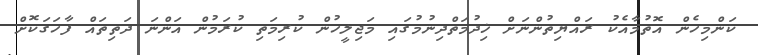
ކަންމިހެން އޮތުމާއެކު ރައްޔިތުންނަށް ޚިދުމަތްދިނުމުގައި މަޖިލީހުން ކުރިމަތި ކުރަމުން އަންނަ ދަތިތައް ފާހަގަކޮށް